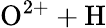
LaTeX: \mathrm{O^{2+}+H}